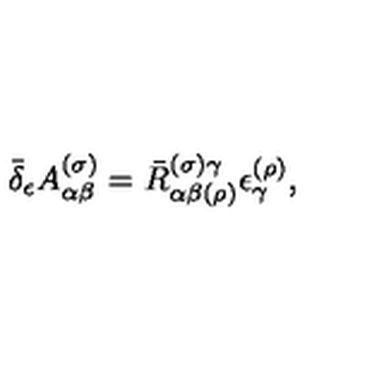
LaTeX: \bar { \delta } _ { \epsilon } A _ { \alpha \beta } ^ { ( \sigma ) } = \bar { R } _ { \alpha \beta ( \rho ) } ^ { ( \sigma ) \gamma } \epsilon _ { \gamma } ^ { ( \rho ) } ,